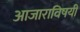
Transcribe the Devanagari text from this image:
आजाराविषयी